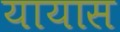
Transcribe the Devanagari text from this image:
यायास